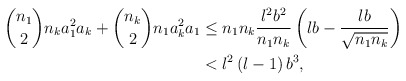
\begin{align*}\binom{n_{1}}{2}n_{k}a_{1}^{2}a_{k}+\binom{n_{k}}{2}n_{1}a_{k}^{2}a_{1} &\leq n_{1}n_{k}\frac{l^{2}b^{2}}{n_{1}n_{k}}\left( lb-\frac{lb}{\sqrt{n_{1}n_{k}}}\right) \\& <l^{2}\left( l-1\right) b^{3},\end{align*}